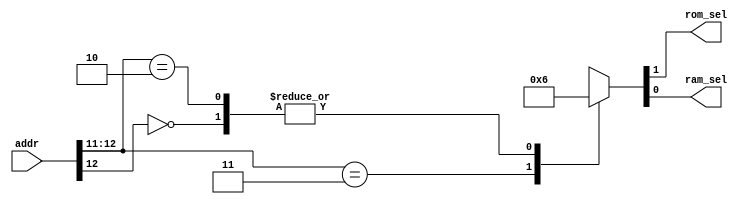
module addr_decode (addr,rom_sel , ram_sel);
input [12:0] addr;
output rom_sel,ram_sel;
reg rom_sel,ram_sel ;

always @(addr)
begin 
	casex(addr)
		13'b1_1xxx_xxxx_xxxx: {rom_sel,ram_sel} <= 2'b01;
		13'b0_xxxx_xxxx_xxxx: {rom_sel,ram_sel} <= 2'b10;
		13'b1_0xxx_xxxx_xxxx: {rom_sel,ram_sel} <= 2'b10;
		default: {rom_sel ,ram_sel} <= 2'b00;
	endcase
end

endmodule